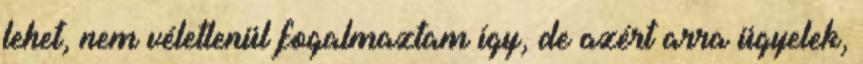
lehet, nem véletlenül fogalmaztam így, de azért arra ügyelek,